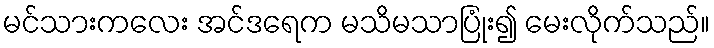
မင်သားကလေး အင်ဒရေက မသိမသာပြုံး၍ မေးလိုက်သည်။